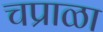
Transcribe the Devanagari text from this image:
चप्राळा